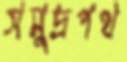
সমুদ্রপথ